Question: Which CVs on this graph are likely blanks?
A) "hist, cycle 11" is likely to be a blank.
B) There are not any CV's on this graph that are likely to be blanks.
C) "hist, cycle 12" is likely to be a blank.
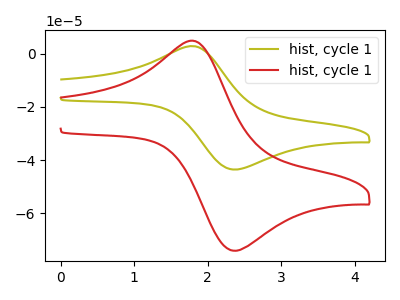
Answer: <think>The olive curve "hist, cycle 11" has an anodic peak at (1.85V, 2.70uA) and a cathodic peak at (2.40V, -43.55uA). The red curve "hist, cycle 12" has an anodic peak at (1.85V, 4.60uA) and a cathodic peak at (2.40V, -74.05uA).</think>
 <answer>B) There are not any CV's on this graph that are likely to be blanks.</answer>
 <eval>B</eval>